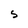
Character: S